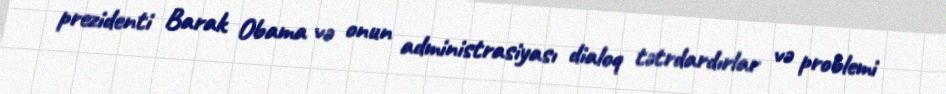
prezidenti Barak Obama və onun administrasiyası dialoq tətrdardırlar və problemi